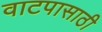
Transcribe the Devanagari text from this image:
वाटपासाठी